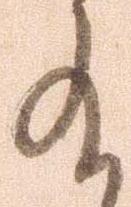
給